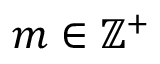
m \in \mathbb { Z } ^ { + }